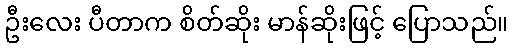
ဦးလေး ပီတာက စိတ်ဆိုး မာန်ဆိုးဖြင့် ပြောသည်။